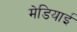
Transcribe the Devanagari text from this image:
मेडियाई